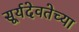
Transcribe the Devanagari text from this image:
सूर्यदेवतेच्या